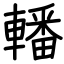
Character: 轓